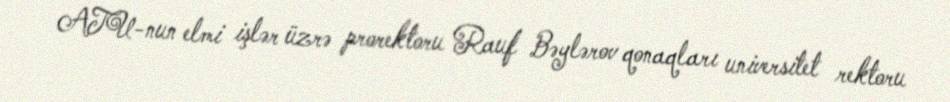
ATU-nun elmi işlər üzrə prorektoru Rauf Bəylərov qonaqları universitet rektoru